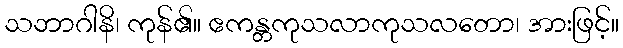
သဘာဂါနိ၊ ကုန်၏။ ဧကန္တကုသလာကုသလတော၊ အားဖြင့်။